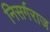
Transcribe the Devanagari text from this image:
निसर्गराज